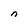
Character: n